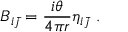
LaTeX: B _ { i \bar { j } } = \frac { i \theta } { 4 \pi r } \eta _ { i \bar { j } } \ .